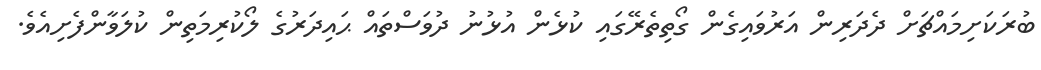
ބުރަކަށިމައްޗަށް ދެދަރިން އަރުވައިގެން ގޯތިތެރޭގައި ކުޅެން އުޅުނު ދުވަސްތައް ޙައިދަރުގެ ލޯކުރިމަތިން ކުލަވާންފެށިއެވެ.